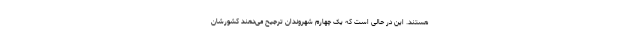
هستند. این در حالی است که یک چهارم شهروندان ترجیح می‌دهند کشورشان